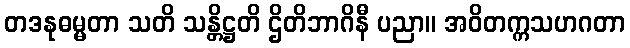
တဒနုဓမ္မတာ သတိ သန္တိဋ္ဌတိ ဌိတိဘာဂိနီ ပညာ။ အဝိတက္ကသဟဂတာ